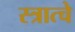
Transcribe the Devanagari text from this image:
स्त्रात्चे